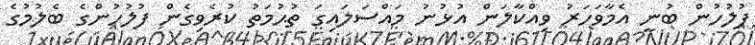
ފުލުހުން ބުނީ އެމާވަހަރު ވިއްކާލަން އުޅުނު މައްސަލައިގަ ތުޙުމަތު ކުރެވިގެން ފުލުހުންގެ ބެލުމުގެ